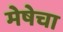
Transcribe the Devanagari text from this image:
मेषेचा